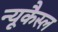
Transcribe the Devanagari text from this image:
न्यूकैस्ल